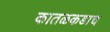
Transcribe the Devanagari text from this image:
कातळकडाच